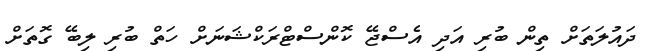
ދައުލަތަށް ތިން ބުރި އަދި އެސްޖޭ ކޮންސްޓްރަކްޝަނަށް ހަތް ބުރި ލިބޭ ގޮތަށް